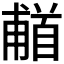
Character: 𬳗